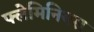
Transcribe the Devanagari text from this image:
फ्लेमिनियस